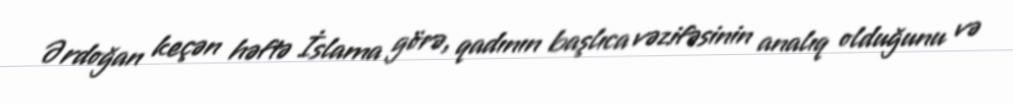
Ərdoğan keçən həftə İslama görə, qadının başlıca vəzifəsinin analıq olduğunu və